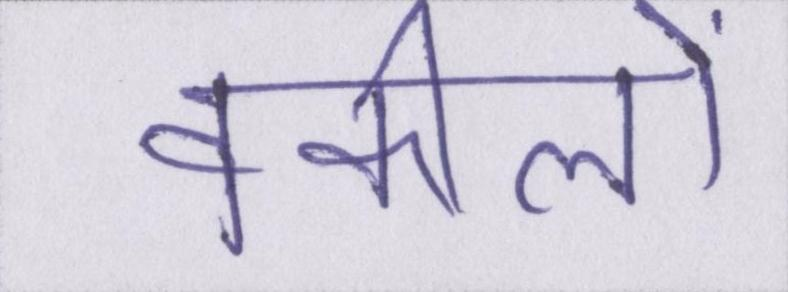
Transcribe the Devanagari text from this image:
वकीलों